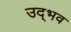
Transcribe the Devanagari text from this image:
उद्‌भव